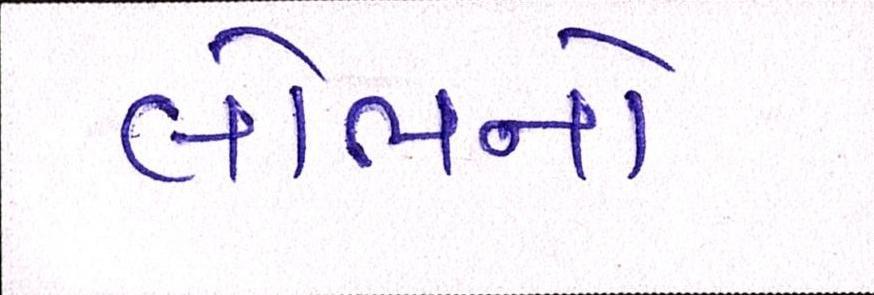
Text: લોભનો